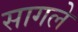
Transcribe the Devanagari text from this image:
सागले